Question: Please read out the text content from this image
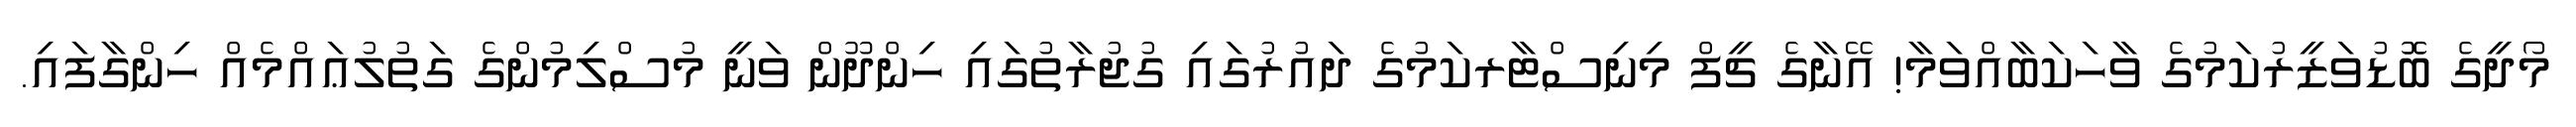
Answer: މޯދީގެ ބޮޮޑުވަޒީރުކަމުގެ ވާހަކަބާއްވަމާ! އޭނާގެ ޗީފް މިނިސްޓާރކަމުގެ ދައުރުގައި ގުޖުރާތުގައި ހިންދޫން ވަނީ މުސްލިމުންގެ ގަތުލުޢައްމެއް ހިންގާފައި.